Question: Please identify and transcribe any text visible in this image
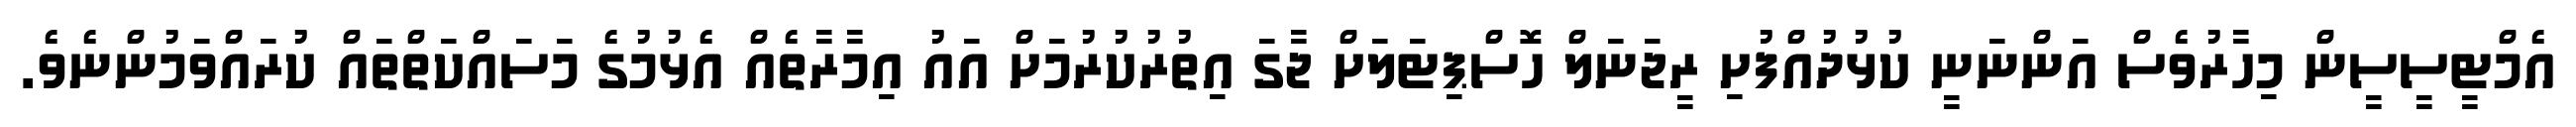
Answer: އެމްޓީސީސީން މިހާރުވެސް އަންނަނީ ކުޅުދުއްފުށި ރީޖަނަލް ހޮސްޕިޓަލަށް ޖާގަ އިތުރުކުރުމަށް އައު އިމާރާތެއް އެޅުމުގެ މަސައްކަތްތައް ކުރައްވަމުންނެވެ.